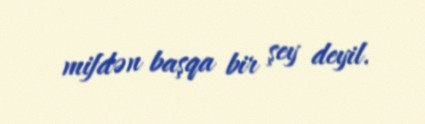
mifdən başqa bir şey deyil.